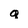
Character: q